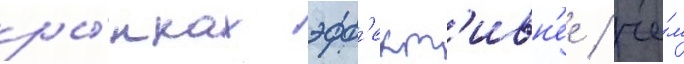
ры́нках эфф'ект'ивн'ее / че́м